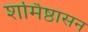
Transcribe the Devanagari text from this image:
शर्मिष्ठासन